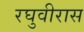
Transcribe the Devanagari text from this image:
रघुवीरास